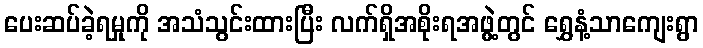
ပေးဆပ်ခဲ့ရမှုကို အသံသွင်းထားပြီး လက်ရှိအစိုးရအဖွဲ့တွင် ရွှေနံ့သာကျေးရွာ